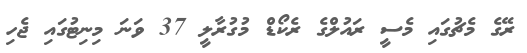
ރޭގެ މެޗުގައި މެސީ ރައުލްގެ ރެކޯޑް މުގުރާލީ 37 ވަނަ މިނިޓުގައި ޖެހި